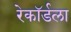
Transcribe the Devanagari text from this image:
रेकॉर्डला